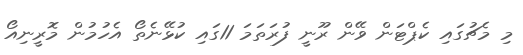
މި މެޗުގައި ކެޕްޓަން ވޭން ރޫނީ ފުރަތަމަ 11ގައި ކުޅޭނެތޯ އެހުމުން މޮރީނިއޯ